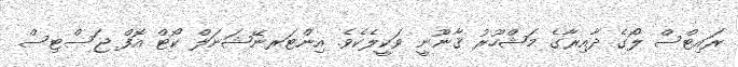
ރައިޓްސް ލޯގެ ދާއިރާގެ މަޝްހޫރު ޤާނޫނީ ވަކީލެކެވެ. އިންޓަރނޭޝަނަލް ކޯޓް އޮފް ޖަސްޓިސް